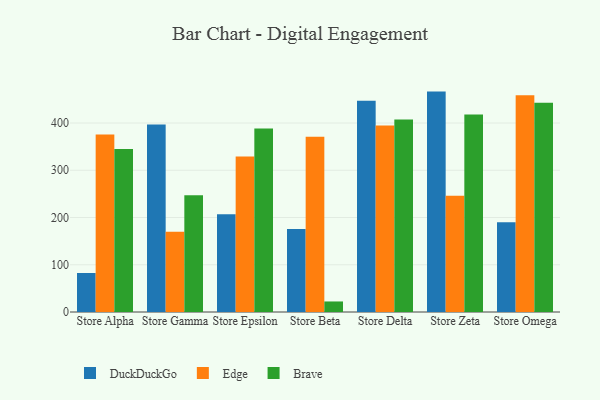
{"axis": {"x": "Store", "y": "Churn Rate (%)"}, "legend": ["Brave", "DuckDuckGo", "Edge"], "data": [{"x": "Store Alpha", "y": 82.5, "type": "DuckDuckGo"}, {"x": "Store Alpha", "y": 375.9, "type": "Edge"}, {"x": "Store Alpha", "y": 345.2, "type": "Brave"}, {"x": "Store Gamma", "y": 396.8, "type": "DuckDuckGo"}, {"x": "Store Gamma", "y": 170.1, "type": "Edge"}, {"x": "Store Gamma", "y": 247.0, "type": "Brave"}, {"x": "Store Epsilon", "y": 206.8, "type": "DuckDuckGo"}, {"x": "Store Epsilon", "y": 329.1, "type": "Edge"}, {"x": "Store Epsilon", "y": 388.2, "type": "Brave"}, {"x": "Store Beta", "y": 175.8, "type": "DuckDuckGo"}, {"x": "Store Beta", "y": 371.0, "type": "Edge"}, {"x": "Store Beta", "y": 22.3, "type": "Brave"}, {"x": "Store Delta", "y": 447.2, "type": "DuckDuckGo"}, {"x": "Store Delta", "y": 394.8, "type": "Edge"}, {"x": "Store Delta", "y": 407.3, "type": "Brave"}, {"x": "Store Zeta", "y": 466.5, "type": "DuckDuckGo"}, {"x": "Store Zeta", "y": 246.1, "type": "Edge"}, {"x": "Store Zeta", "y": 418.2, "type": "Brave"}, {"x": "Store Omega", "y": 189.9, "type": "DuckDuckGo"}, {"x": "Store Omega", "y": 458.7, "type": "Edge"}, {"x": "Store Omega", "y": 443.0, "type": "Brave"}]}